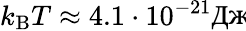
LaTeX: k_{\mathrm{B}}T\approx 4.1\cdot 10^{-21}\textnormal{Дж}